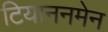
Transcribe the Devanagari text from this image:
टियाननमेन